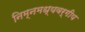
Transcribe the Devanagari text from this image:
निम्नमध्यवर्गीय